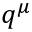
q ^ { \mu }